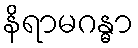
နိရာမဂန္ဓာ